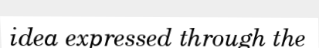
idea expressed through the